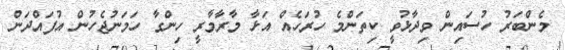
މެންބަރު ހުސައިން ވިދާޅުވީ ކިތަންމެ ހުރަހެއް އަޅާ މާރާމާރީ ހިންގާ ހަމަނުޖެހުން އުފައްދަން